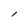
Character: l